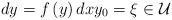
\begin{align*}dy=f\left( y\right) dxy_{0}=\xi \in \mathcal{U}\end{align*}